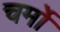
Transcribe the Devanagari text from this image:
चर्मो